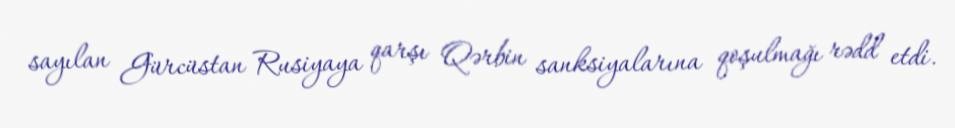
sayılan Gürcüstan Rusiyaya qarşı Qərbin sanksiyalarına qoşulmağı rədd etdi.